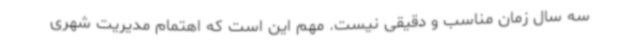
سه سال زمان مناسب و دقیقی نیست. مهم این است که اهتمام مدیریت شهری